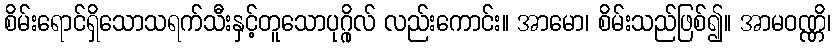
စိမ်းရောင်ရှိသောသရက်သီးနှင့်တူသောပုဂ္ဂိုလ် လည်းကောင်း။ အာမော၊ စိမ်းသည်ဖြစ်၍။ အာမဝဏ္ဏိ၊